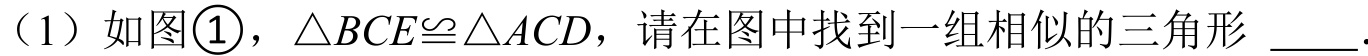
（1）如图\textcircled{1}，\(\triangle BCE\cong\triangle ACD\)，请在图中找到一组相似的三角形 \(\underline{\quad\quad}\).